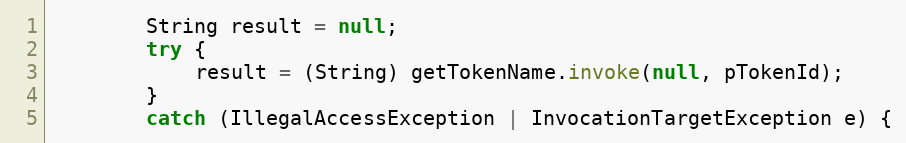
Language: Java
        String result = null;
        try {
            result = (String) getTokenName.invoke(null, pTokenId);
        }
        catch (IllegalAccessException | InvocationTargetException e) {